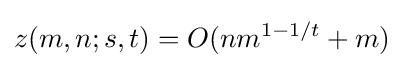
z(m,n;s,t)=O(nm^{1-1/t}+m)